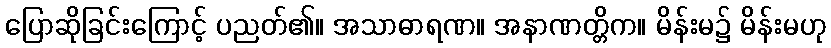
ပြောဆိုခြင်းကြောင့် ပညတ်၏။ အသာဓာရဏ။ အနာဏတ္တိက။ မိန်းမ၌ မိန်းမဟု